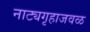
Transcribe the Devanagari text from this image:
नाट्यगृहाजवळ